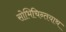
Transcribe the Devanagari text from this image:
सोभिचिन्तयाथ